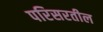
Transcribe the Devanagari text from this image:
परिसरतील